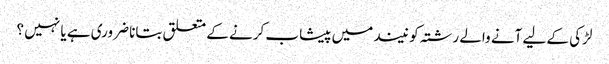
لڑکی کے لیے آنے والے رشتہ کو نیند میں پیشاب کرنے کے متعلق بتانا ضروری ہے یا نہیں ؟